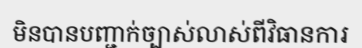
មិនបានបញ្ជាក់ច្បាស់លាស់ពីវិធានការ